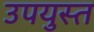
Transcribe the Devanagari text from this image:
उपयुस्त